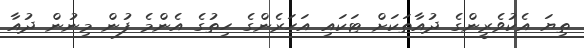
ތިޔަ އެކުވެރީންގެ ދުއާތަކަށް ޓަކައި އަހަރެންގެ ހިތުގެ އެންމެ ފުން މިނުން ދުއާ